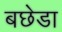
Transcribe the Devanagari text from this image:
बछेडा